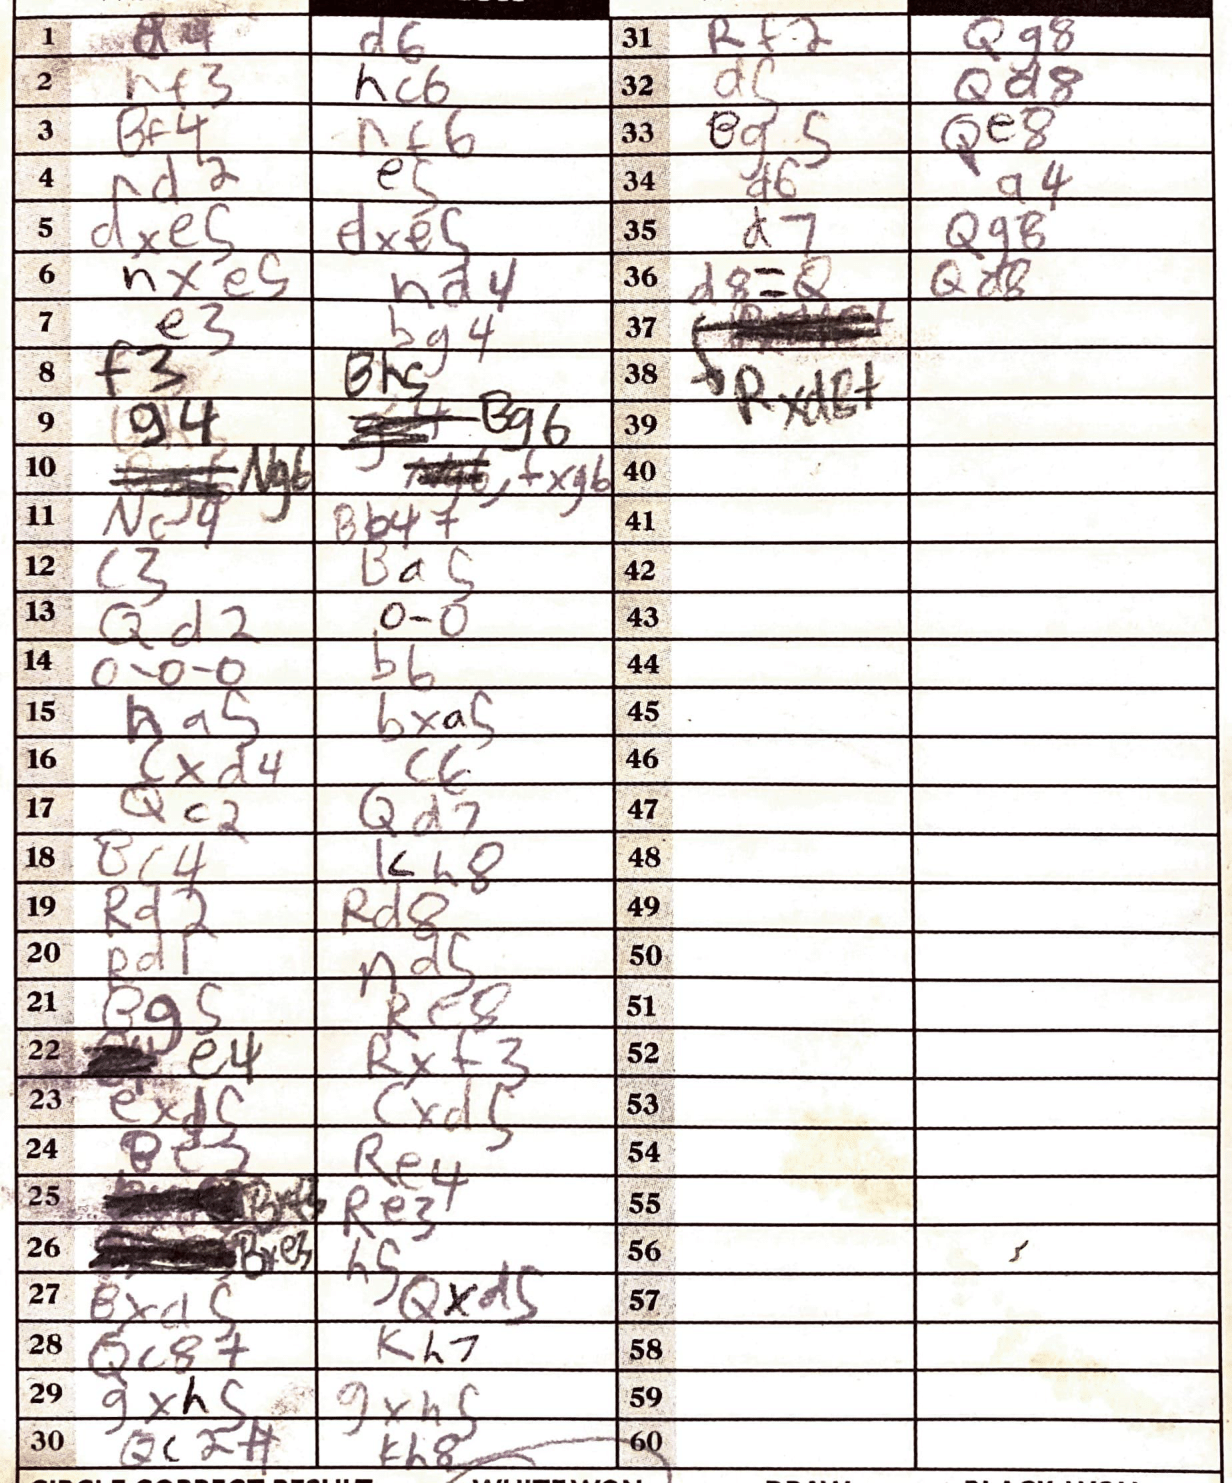
Moves: d6 hf3 hc6 Bf4 Nf6 d2 e5 dxe5 dxe5 Nxe5 hd4 e3 bg4 f3 Bh5 g4 Bg6 fxg6 Nc4 Bb4+ c3 Ba5 Qd2 O-O O-O-O b6 Ra5 bxa5 cxd4 c6 Qc2 Qd7 Bc4 Kh8 Rd2 Rd8 Rd1 Nd5 Bg5 Re8 e4 Rxf3 cxd5 Be5 Re4 Re3 Bxe3 h5 Bxa5 Qxd5 Qc8+ Kh7 gxh5 gxh5 Qc2+ Kh8 Rf2 Qg8 d5 Qd8 Bg5 Qe8 d6 a4 d7 Qg8 d8=Q Qd8